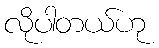
လိုပါတယ်ဟု